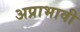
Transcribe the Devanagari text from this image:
अप्राभावी